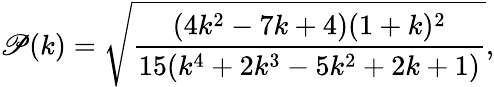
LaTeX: \mathscr{P}(k)=\sqrt{\frac{(4k^{2}-7k+4)(1+k)^{2}}{15(k^{4}+2k^{3}-5k^{2}+2k+1)}},